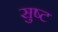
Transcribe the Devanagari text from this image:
सुष्ट